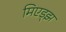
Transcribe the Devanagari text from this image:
मिएड्झ